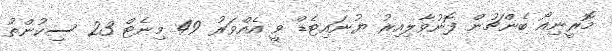
މޮރީނިއޯ ބެންޗުން ފޮނުވާލިއިރު ޔުނައިޓެޑް ވީ އެއްވަރު 49 މިނެޓް 23 ސިކުންތު